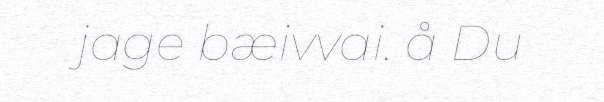
jage bæivvai. å Du